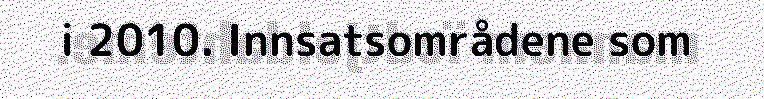
i 2010. Innsatsområdene som